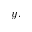
y .